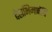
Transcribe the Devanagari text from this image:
देहाभिमानेंचि